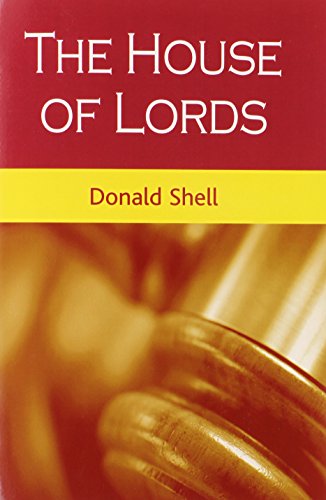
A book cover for The House of Lords; Donald Shell; Law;